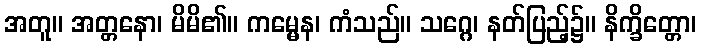
အတူ။ အတ္တနော၊ မိမိ၏။ ကမ္မေန၊ ကံသည်။ သဂ္ဂေ၊ နတ်ပြည့်၌။ နိက္ခိတ္တော၊